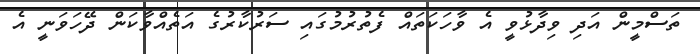
ތަސްމީން އަދި ވިދާޅުވީ އެ ވާހަކަތައް ފެތުރުމުގައި ސަރުކާރުގެ އަތެއްވާކަން ދޭހަވަނީ އެ